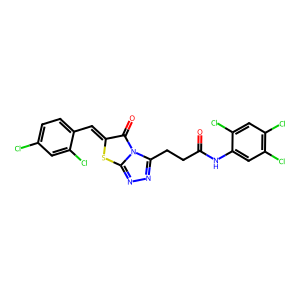
SMILES: O=C(CCc1nnc2sc(=Cc3ccc(Cl)cc3Cl)c(=O)n12)Nc1cc(Cl)c(Cl)cc1Cl
Inhibits HIV replication: No